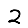
Digit: 2